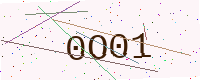
Text: 0O01